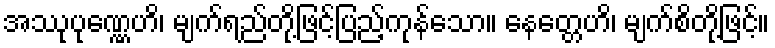
အဿုပုဏ္ဏေဟိ၊ မျက်ရည်တို့ဖြင့်ပြည့်ကုန်သော။ နေတ္တေဟိ၊ မျက်စိတို့ဖြင့်။